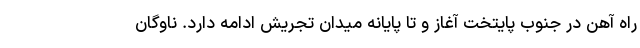
راه آهن در جنوب پایتخت آغاز و تا پایانه میدان تجریش ادامه دارد. ناوگان